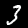
Digit: 3